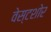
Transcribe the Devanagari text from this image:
वेस्टशोर